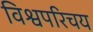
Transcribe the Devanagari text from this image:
विश्वपरिचय